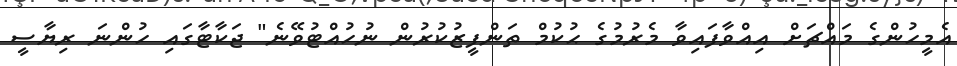
އެމީހުންގެ މައްޗަށް އިއްވާފައިވާ މެރުމުގެ ޙުކުމް ތަންފީޒުކުރުން ނުހުއްޓުވޭނެ" ޖަކާޓާގައި ހުންނަ ރިޔާސީ